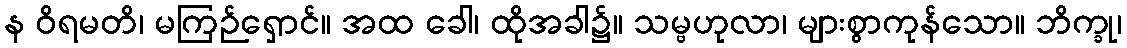
န ဝိရမတိ၊ မကြဉ်ရှောင်။ အထ ခေါ၊ ထိုအခါ၌။ သမ္ဗဟုလာ၊ များစွာကုန်သော။ ဘိက္ခု၊